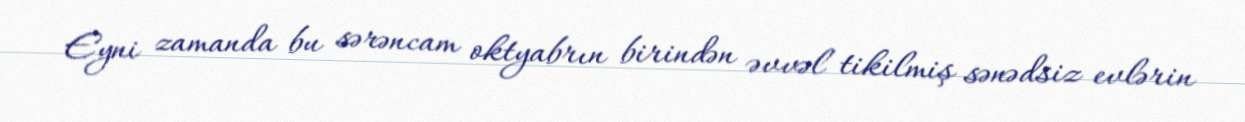
Eyni zamanda bu sərəncam oktyabrın birindən əvvəl tikilmiş sənədsiz evlərin